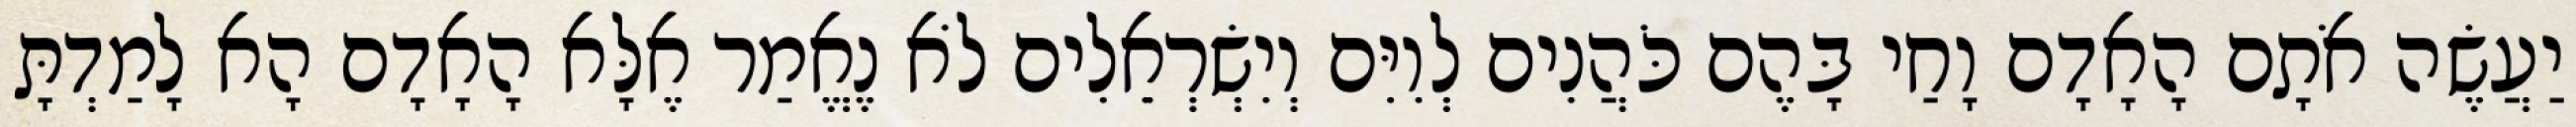
יַעֲשֶׂה אֹתָם הָאָדָם וָחַי בָּהֶם כֹּהֲנִים לְוִיִּם וְיִשְׂרְאֵלִים לֹא נֶאֱמַר אֶלָּא הָאָדָם הָא לָמַדְתָּ